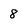
Character: 8